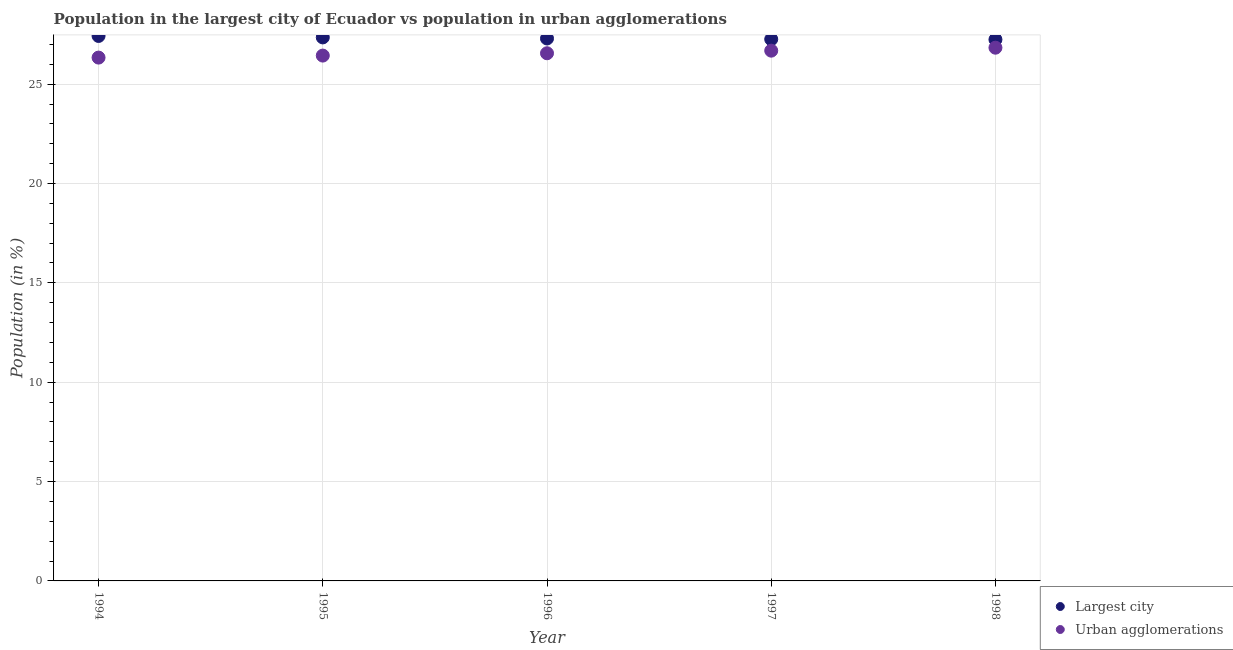
| Year | Largest city | Urban agglomerations |
 | --- | --- | --- |
 | 1994 | 27.4 | 26.3 |
 | 1995 | 27.4 | 26.4 |
 | 1996 | 27.3 | 26.6 |
 | 1997 | 27.3 | 26.7 |
 | 1998 | 27.2 | 26.8 |